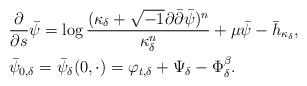
LaTeX: \begin{align*}& \frac{\partial}{\partial s} \bar \psi =\log \frac{(\kappa_\delta+\sqrt{-1}\partial\bar\partial\bar\psi)^n}{\kappa_\delta^n}+\mu\bar \psi - \bar h_{\kappa_\delta},\\& \bar \psi_{0,\delta}=\bar\psi_{\delta}(0,\cdot)= \varphi_{t,\delta}+\Psi_{\delta} -\Phi_{\delta}^\beta.\end{align*}